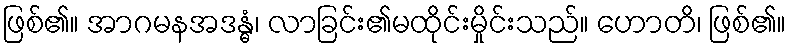
ဖြစ်၏။ အာဂမနအဒန္ဓံ၊ လာခြင်း၏မထိုင်းမှိုင်းသည်။ ဟောတိ၊ ဖြစ်၏။